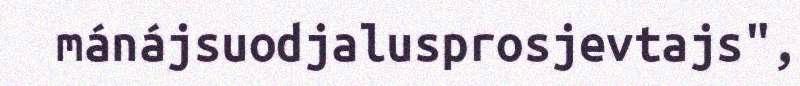
mánájsuodjalusprosjevtajs",